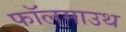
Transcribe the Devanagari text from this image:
फॉलमाउथ